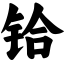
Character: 铪